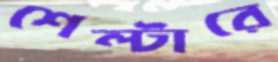
শেল্টারে